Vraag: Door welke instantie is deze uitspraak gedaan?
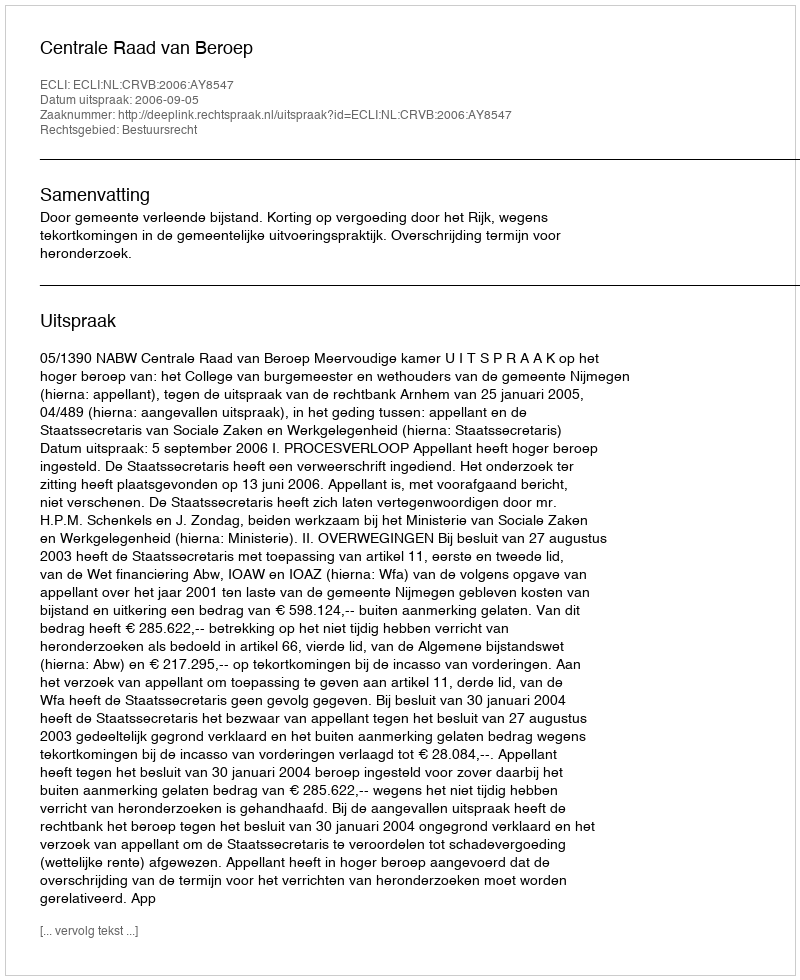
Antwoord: Centrale Raad van Beroep